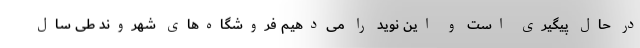
در حال پیگیری است و این نوید را می‌دهیم فروشگاه‌های شهروند طی سال